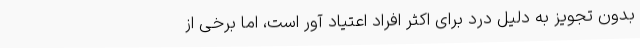
بدون تجویز به دلیل درد برای اکثر افراد اعتیاد آور است، اما برخی از